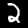
Label: 2